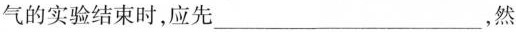
气的实验结束时，应先___，然